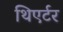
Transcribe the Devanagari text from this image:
थिएर्टर